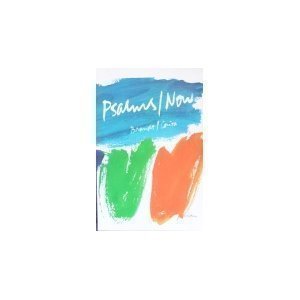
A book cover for Psalms/Now; Leslie F. Brandt; Christian Books & Bibles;